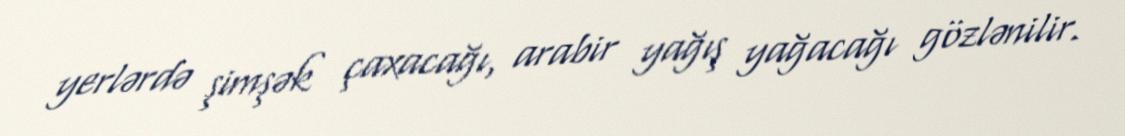
yerlərdə şimşək çaxacağı, arabir yağış yağacağı gözlənilir.